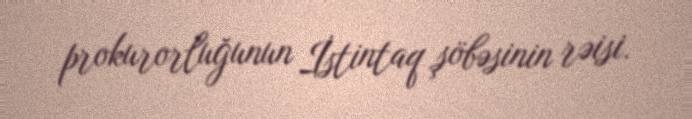
prokurorluğunun İstintaq şöbəsinin rəisi.